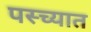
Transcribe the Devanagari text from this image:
पस्च्यात